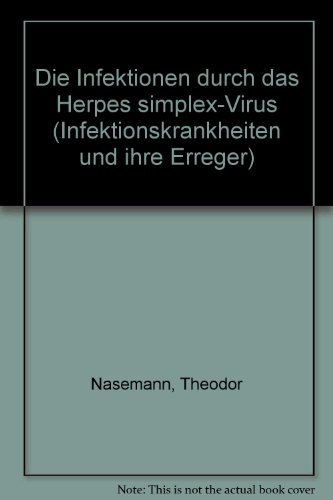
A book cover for Die Infektionen durch das Herpes simplex-Virus (Infektionskrankheiten und ihre Erreger); Theodor Nasemann; Health, Fitness & Dieting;